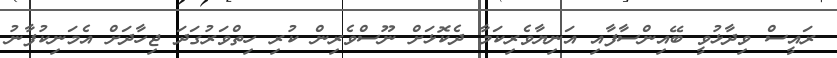
ރައީސް ވިދާޅުވީ ބޭއިންސާފާއި އަނިޔާވެރިކަމާ ދެކޮޅަށް ނޫސްވެރިން ކުރި ހިތްވަރުގަދަ ޖިހާދަށް އެމަނިކުފާނު